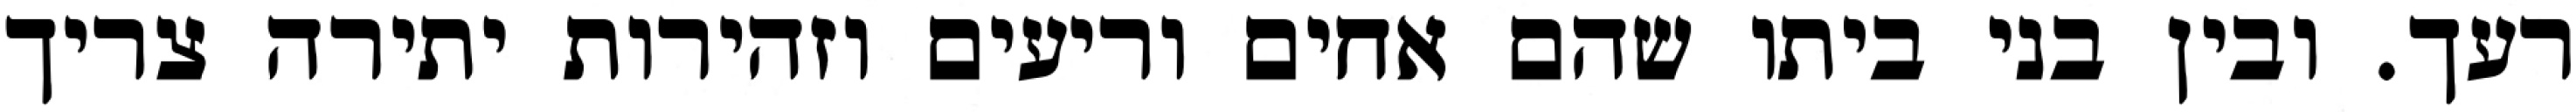
רעך. ובין בני ביתו שהם אחים וריעים וזהירות יתירה צריך